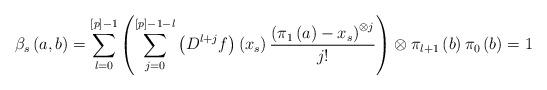
LaTeX: \begin{align*}\beta _{s}\left( a,b\right) =\sum_{l=0}^{\left[ p\right] -1}\left(\sum_{j=0}^{\left[ p\right] -1-l}\left( D^{l+j}f\right) \left( x_{s}\right) \frac{\left( \pi _{1}\left( a\right) -x_{s}\right) ^{\otimes j}}{j!}\right)\otimes \pi _{l+1}\left( b\right) \pi _{0}\left( b\right) =1 \end{align*}